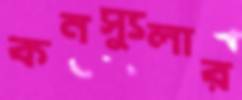
কনস্যুলার